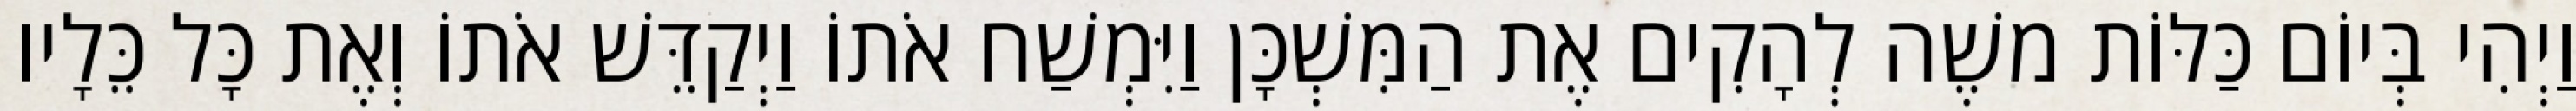
וַיְהִי בְּיוֹם כַּלּוֹת משֶׁה לְהָקִים אֶת הַמִּשְׁכָּן וַיִּמְשַׁח אֹתוֹ וַיְקַדֵּשׁ אֹתוֹ וְאֶת כָּל כֵּלָיו